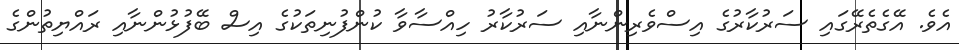
އެވެ. އޭގެތެރޭގައި ސަރުކާރުގެ އިސްވެރިންނާއި ސަރުކާރު ހިއްސާވާ ކުންފުނިތަކުގެ އިސް ބޭފުޅުންނާއި ރައްޔިތުންގެ